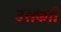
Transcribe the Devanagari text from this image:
उसकाी